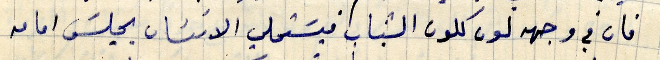
فان في وجهه لون كلون الشباب فيَستحلي الانسان يجلسَ امامه